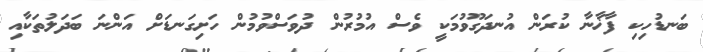
ބަނޑުހިކި ފާޚާނާ ކުރަން އުނދަގޫވުމަކީ ވެސް އުމުރުން ދުވަސްވުމުން ހަށިގަނޑަށް އަންނަ ބަދަލުތަކާއި